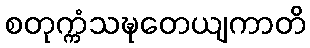
စတုက္ကံသဍ္ဎတေယျကာတိ